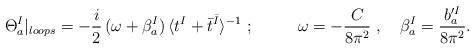
LaTeX: \begin{align*}\Theta^I_a|_{loops}=-\frac{i}{2}\,(\omega+\beta^I_a)\,\langle t^I+\bar{t}^{\bar{I}}\rangle^{-1}~;{}~~~~~~~~\omega=-\frac{C}{8\pi^2}~,~~~\beta^I_a=\frac{b'^I_a}{8\pi^2}.\end{align*}